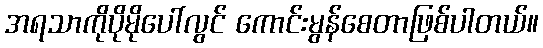
အရသာကိုပိုမိုပေါ်လွင် ကောင်းမွန်စေတာဖြစ်ပါတယ်။